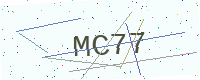
Text: MC77